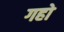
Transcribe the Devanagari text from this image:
गहो